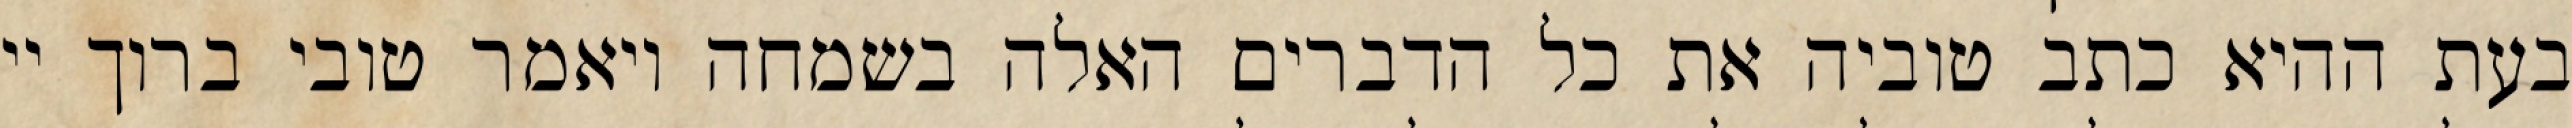
בעת ההיא כתב טוביה את כל הדברים האלה בשמחה ויאמר טובי ברוך יי